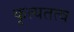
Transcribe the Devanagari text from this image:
कृत्यतत्व